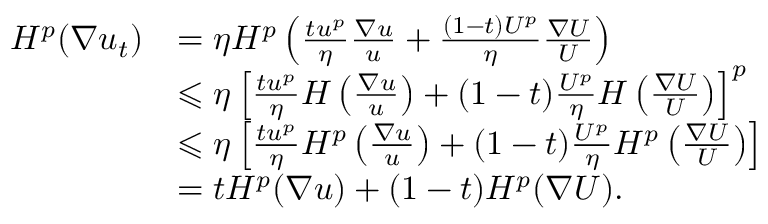
\begin{array} { r l } { H ^ { p } ( \nabla u _ { t } ) } & { = \eta H ^ { p } \left( \frac { t u ^ { p } } { \eta } \frac { \nabla u } { u } + \frac { ( 1 - t ) U ^ { p } } { \eta } \frac { \nabla U } { U } \right) } \\ & { \leqslant \eta \left[ \frac { t u ^ { p } } { \eta } H \left( \frac { \nabla u } { u } \right) + ( 1 - t ) \frac { U ^ { p } } { \eta } H \left( \frac { \nabla U } { U } \right) \right] ^ { p } } \\ & { \leqslant \eta \left[ \frac { t u ^ { p } } { \eta } H ^ { p } \left( \frac { \nabla u } { u } \right) + ( 1 - t ) \frac { U ^ { p } } { \eta } H ^ { p } \left( \frac { \nabla U } { U } \right) \right] } \\ & { = t H ^ { p } ( \nabla u ) + ( 1 - t ) H ^ { p } ( \nabla U ) . } \end{array}